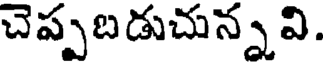
చెప్పబడుచున్నవి.